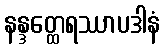
နန္ဒတ္ထေရဿာပဒါနံ